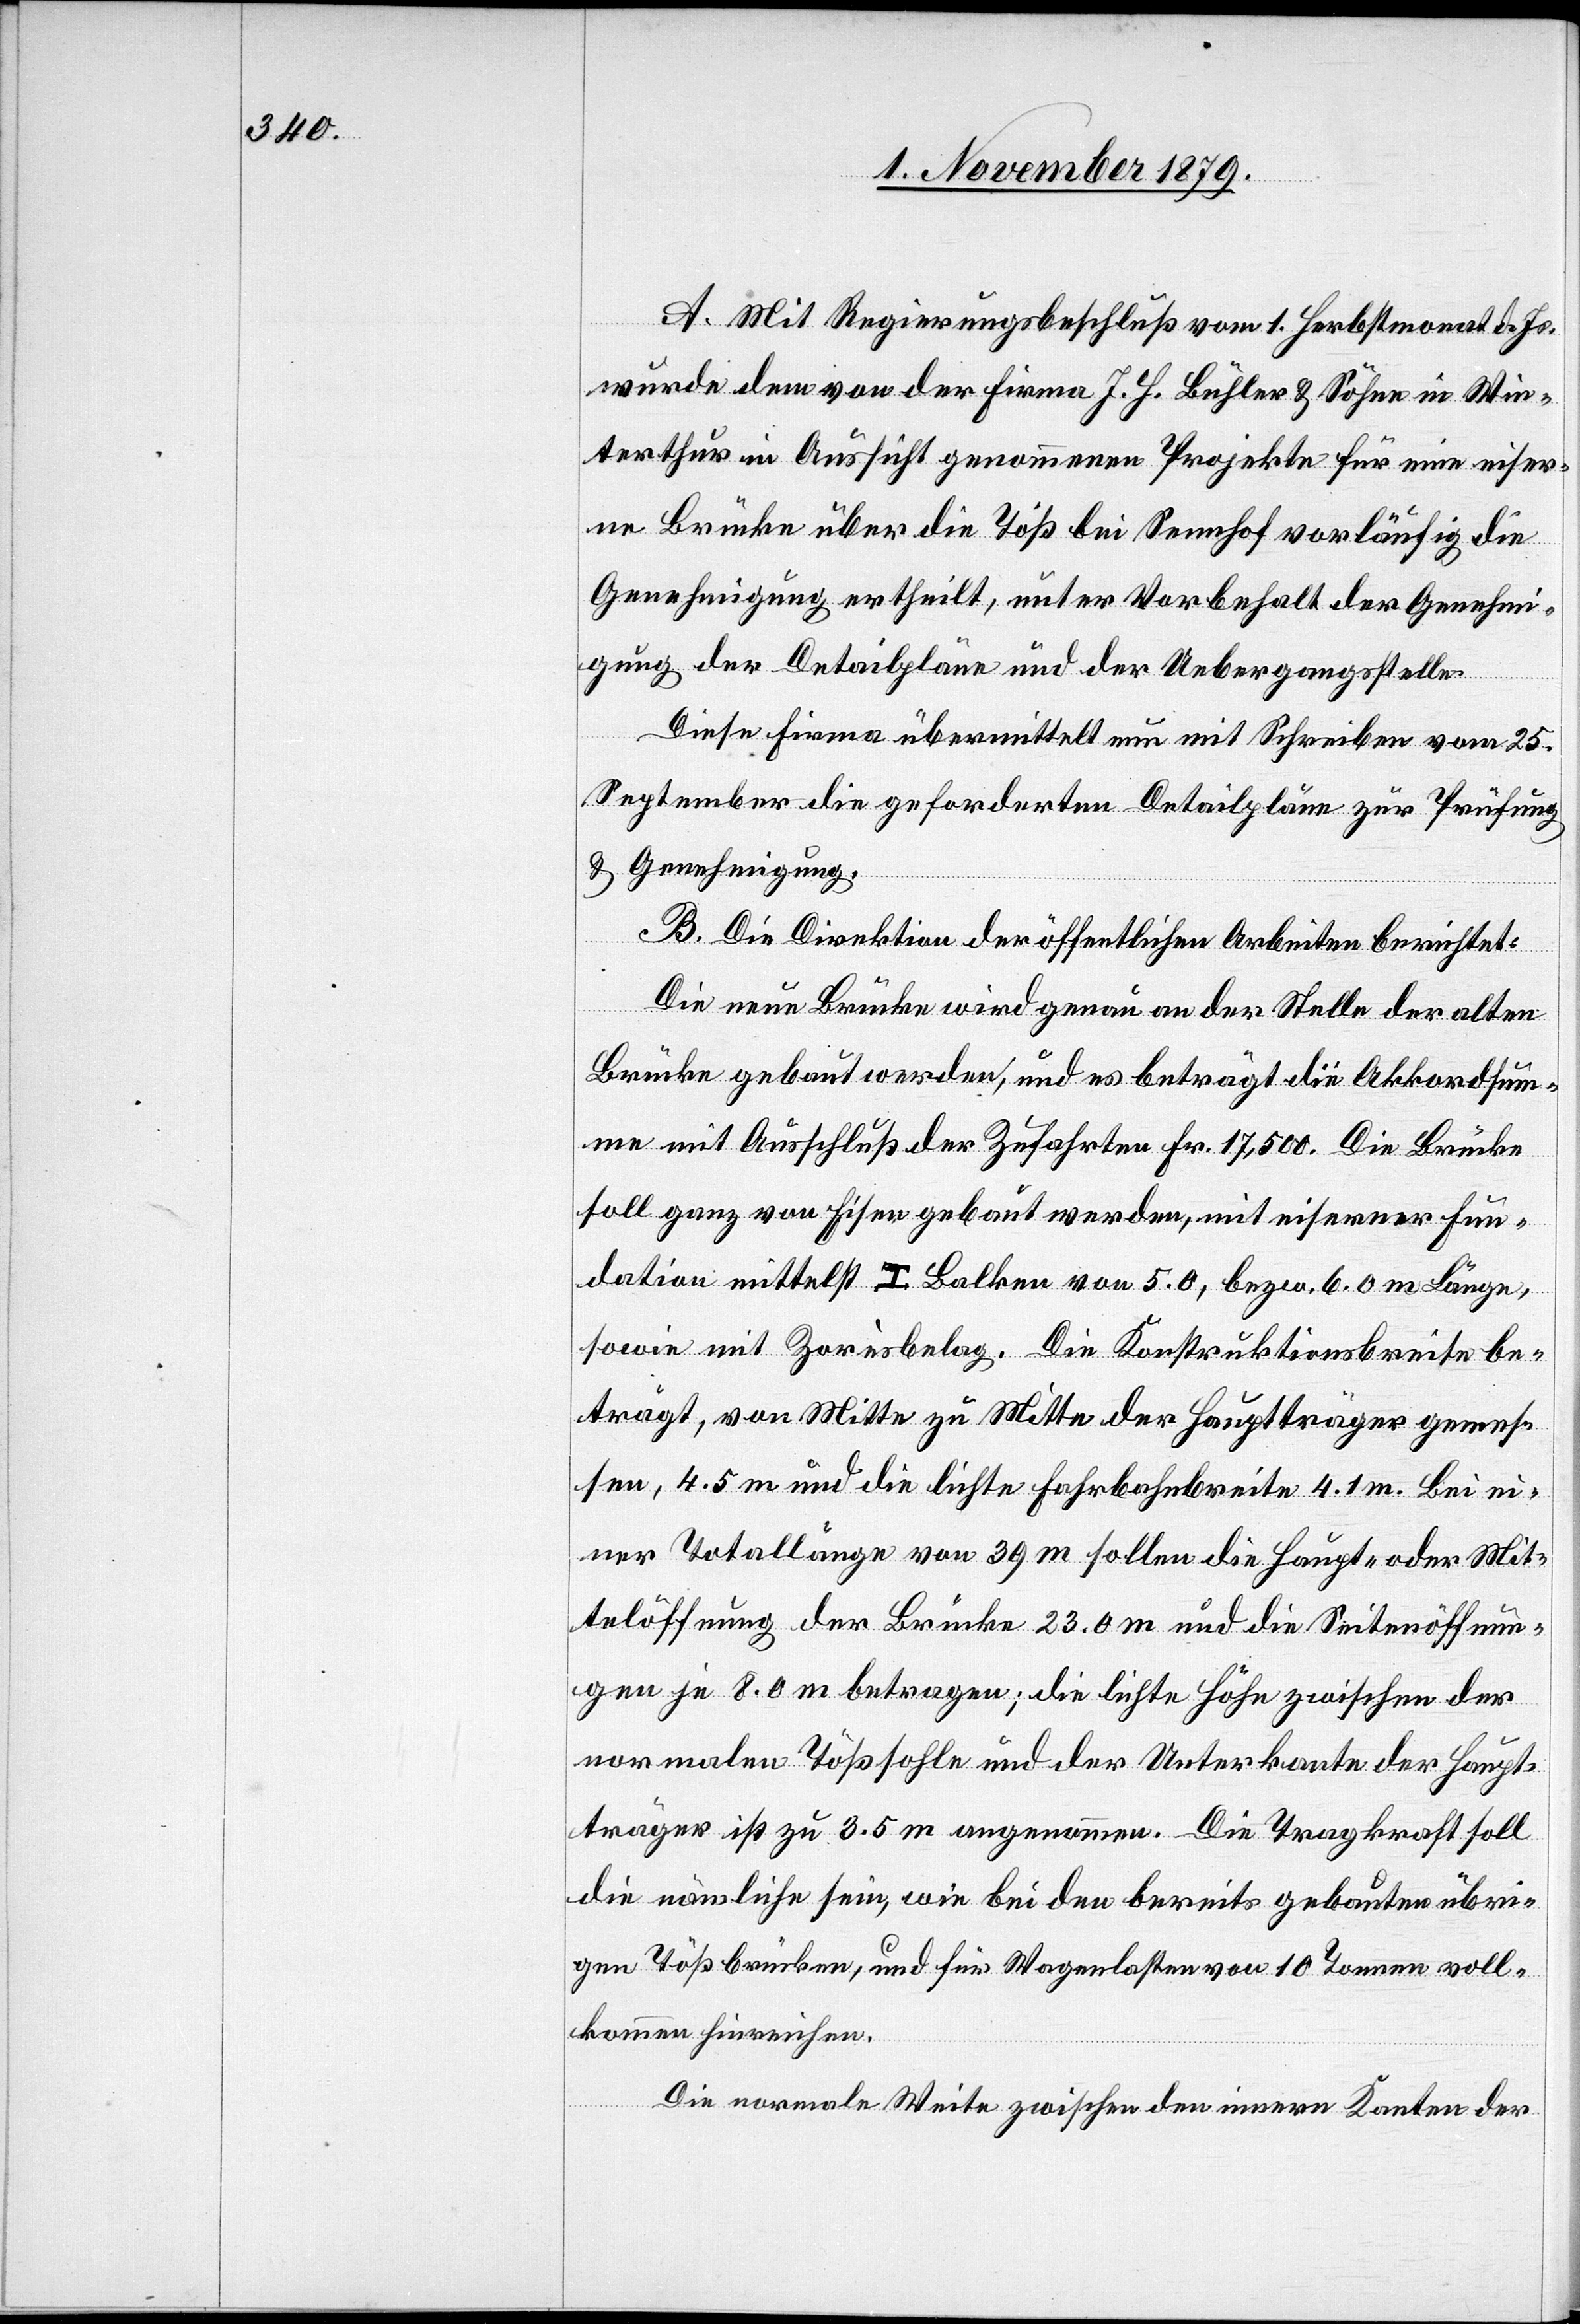
A. Mit Regierungsbeschluß vom 1. Herbstmonat d. Js.
wurde dem von der Firma J. H. Bühler & Söhne in Win¬
terthur in Aussicht genommenen Projekte für eine eiser¬
ne Brücke über die Töß bei Sennhof vorläufig die
Genehmigung ertheilt, unter Vorbehalt der Genehmi¬
gung der Detailpläne und der Uebergangsstelle.
Diese Firma übermittelt nun mit Schreiben vom 25.
September die geforderten Detailpläne zur Prüfung
& Genehmigung.
B. Die Direktion der öffentlichen Arbeiten berichtet:
Die neue Brücke wird genau an der Stelle der alten
Brücke gebaut werden, und es beträgt die Akkordsum¬
me mit Ausschluß der Zufahrten Fr. 17,500. Die Brücke
soll ganz von Eisen gebaut werden, mit eiserner Fun¬
dation mittelst I. Balken von 5.0, bezw. 6.0 m Länge,
sowie mit Zoresbelag. Die Konstruktionsbreite be¬
trägt, von Mitte zu Mitte der Hauptträger gemes¬
sen, 4.5 m und die lichte Fahrbahnbreite 4.1 m. Bei ei¬
ner Totallänge von 39 m sollen die Haupt- oder Mit¬
telöffnung der Brücke 23.0 m und die Seitenöffnun¬
gen je 8.0 m betragen; die lichte Höhe zwischen der
normalen Tößstelle und der Unterkante der Haupt¬
träger ist zu 3.5 m angenommen. Die Tragkraft soll
die nämliche sein, wie bei den bereits gebauten übri¬
gen Tößbrücken, und für Wagenlasten von 10 Tonnen voll¬
kommen hinreichen.
Die normale Weite zwischen den innern Kanten der